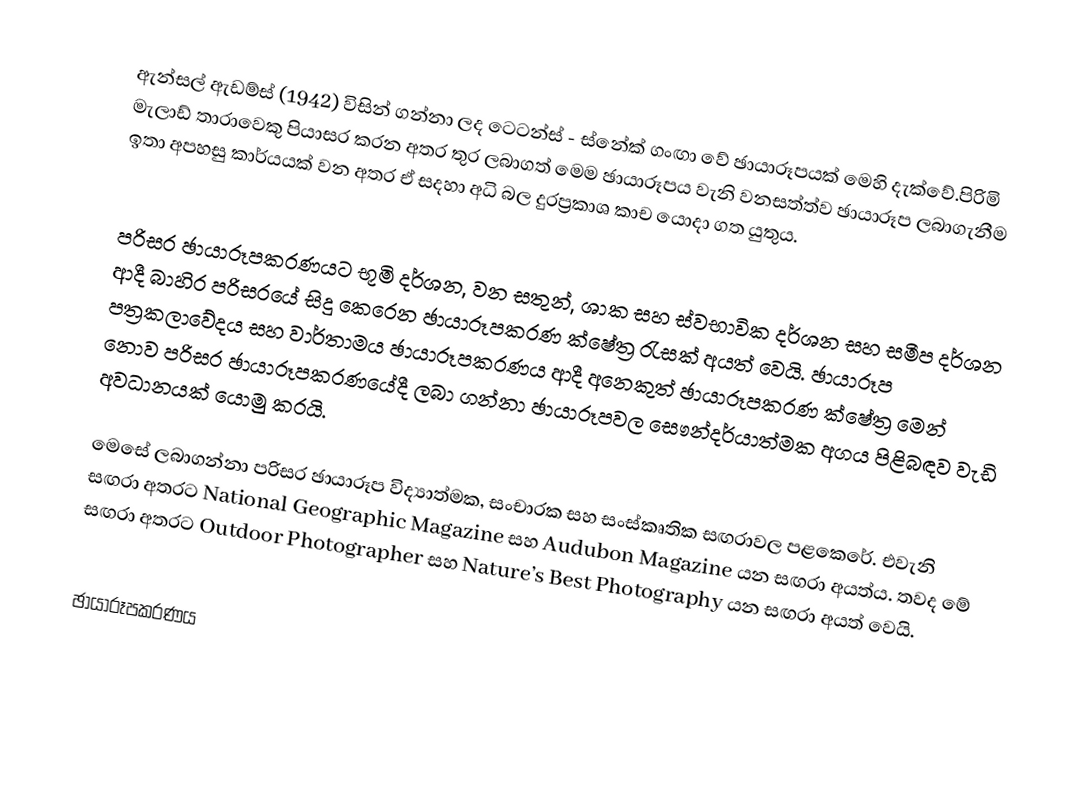
ඇන්සල් ඇඩම්ස් (1942) විසින් ගන්නා ලද ටෙටන්ස් - ස්නේක් ගංඟා වේ ඡායාරූපයක් මෙහි දැක්වේ.පිරිමි මැලාඩ් තාරාවෙකු පියාසර කරන අතර තුර ලබාගත් මෙම ඡායාරූපය වැනි වනසත්ත්ව ඡායාරූප ලබාගැනීම ඉතා අපහසු කාර්යයක් වන අතර ඒ සදහා අධි බල දුරප්‍රකාශ කාච යොදා ගත යුතුය.

පරිසර ඡායාරූපකරණයට භූමි දර්ශන, වන සතුන්, ශාක සහ ස්වභාවික දර්ශන සහ සමීප දර්ශන ආදී බාහිර පරිසරයේ සිදු කෙරෙන ඡායාරූපකරණ ක්ෂේත්‍ර රැසක් අයත් වෙයි. ඡායාරූප පත්‍රකලාවේදය සහ වාර්තාමය ඡායාරූපකරණය ආදී අනෙකුත් ඡායාරූපකරණ ක්ෂේත්‍ර මෙන් නොව පරිසර ඡායාරූපකරණයේදී ලබා ගන්නා ඡායාරූපවල සෞන්දර්යාත්මක අගය පිළිබඳව වැඩි අවධානයක් යොමු කරයි.

මෙසේ ලබාගන්නා පරිසර ඡායාරූප විද්‍යාත්මක, සංචාරක සහ සංස්කෘතික සඟරාවල පළකෙරේ. එවැනි සඟරා අතරට National Geographic Magazine සහ Audubon Magazine යන සඟරා අයත්ය. තවද මේ සඟරා අතරට Outdoor Photographer සහ Nature’s Best Photography යන සඟරා අයත් වෙයි.

ඡායාරූපකරණය